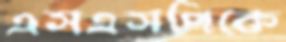
এসএসপিকে